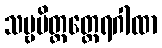
သဗ္ဗမိတ္တတ္ထေရဂါထာ